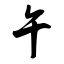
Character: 午